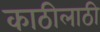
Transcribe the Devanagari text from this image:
काठीलाठी